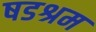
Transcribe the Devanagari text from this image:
षडश्रम